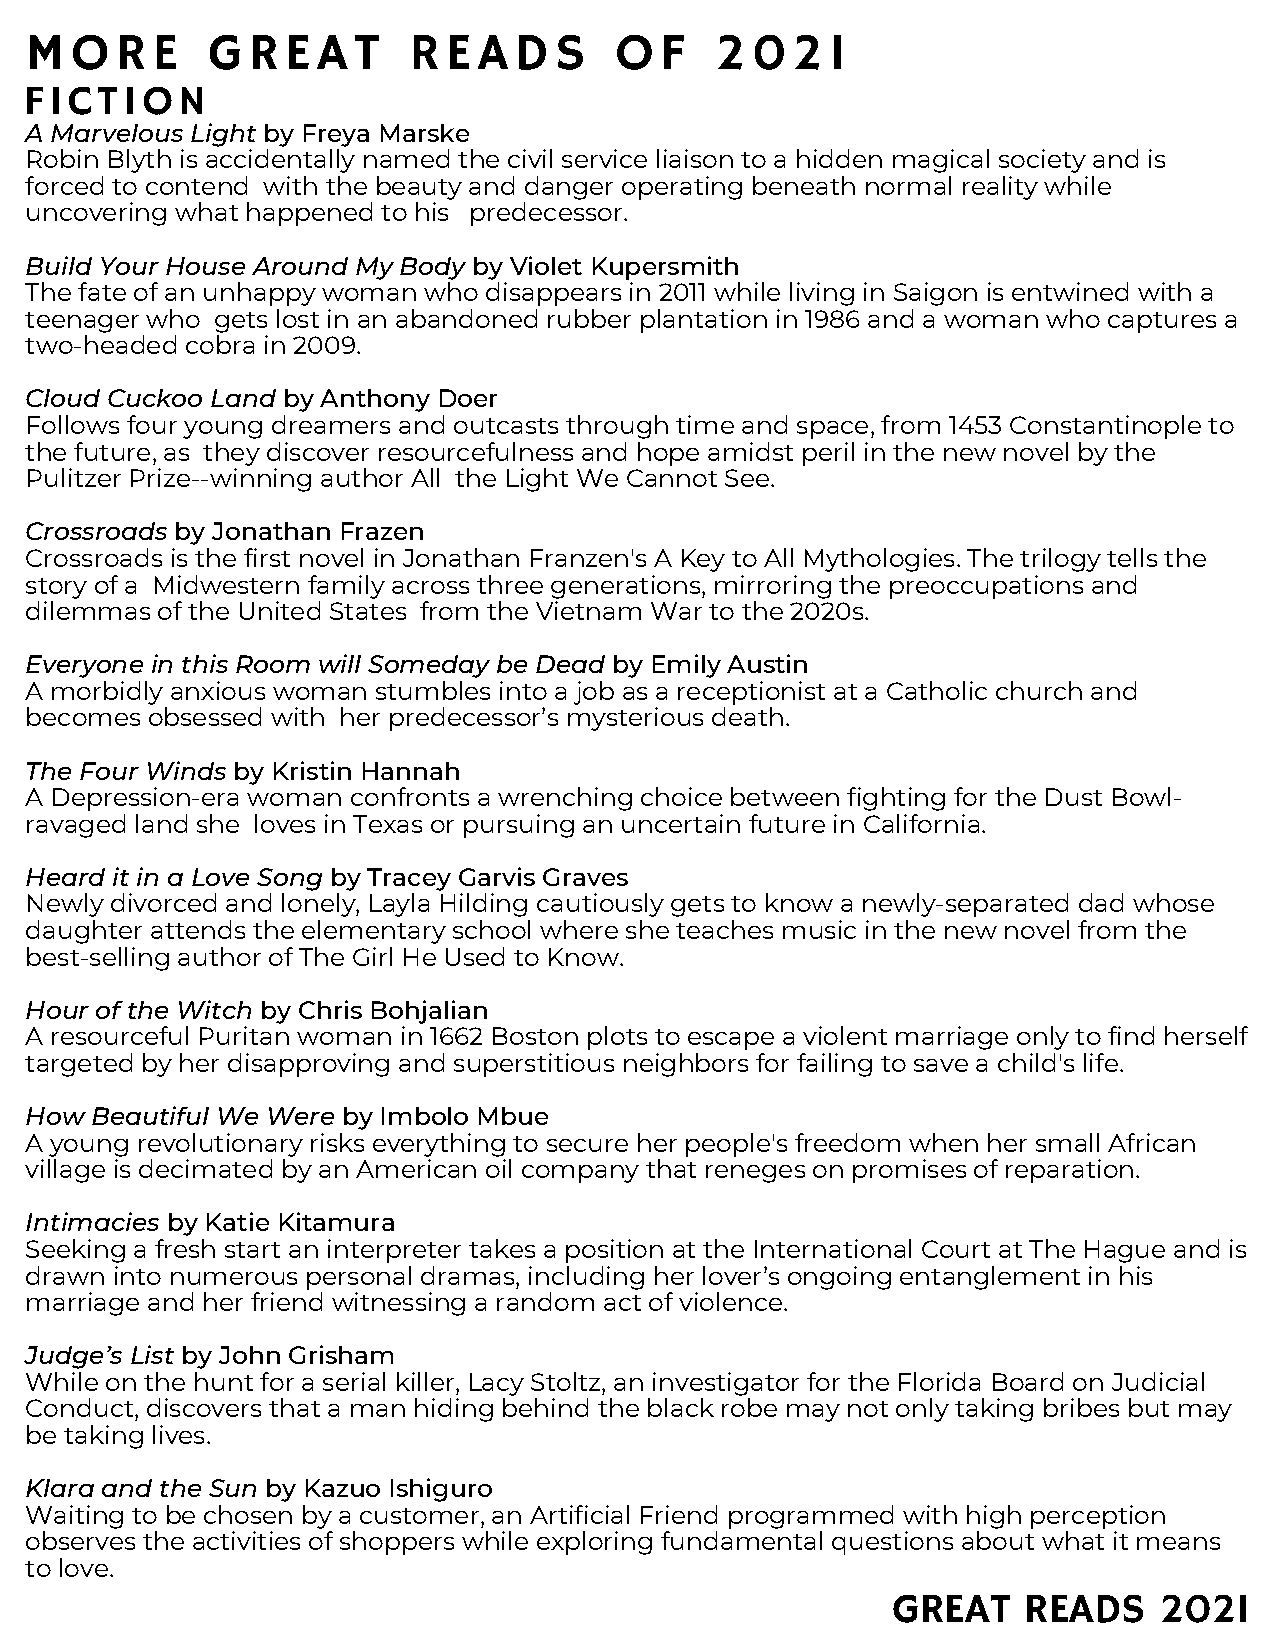
MORE        GREAT        READS         OF    2021
 FICTION
 A Marvelous Light by Freya Marske
 Robin Blyth is accidentally named the civil service liaison to a hidden magical society and is
 forced to contend with the beauty and danger operating beneath normal reality while
 uncovering what happened to his predecessor.
 Build Your House Around My Body by Violet Kupersmith
 The fate of an unhappy woman who disappears in 2011 while living in Saigon is entwined with a
 teenager who gets lost in an abandoned rubber plantation in 1986 and a woman who captures a
 two-headed cobra in 2009.
 Cloud Cuckoo Land by Anthony Doer
 Follows four young dreamers and outcasts through time and space, from 1453 Constantinople to
 the future, as they discover resourcefulness and hope amidst peril in the new novel by the
 Pulitzer Prize--winning author All the Light We Cannot See.
 Crossroads by Jonathan Frazen
 Crossroads is the first novel in Jonathan Franzen's A Key to All Mythologies. The trilogy tells the
 story of a Midwestern family across three generations, mirroring the preoccupations and
 dilemmas of the United States from the Vietnam War to the 2020s.
 Everyone in this Room will Someday be Dead by Emily Austin
 A morbidly anxious woman stumbles into a job as a receptionist at a Catholic church and
 becomes obsessed with her predecessor’s mysterious death.
 The Four Winds by Kristin Hannah
 A Depression-era woman confronts a wrenching choice between fighting for the Dust Bowl-
 ravaged land she loves in Texas or pursuing an uncertain future in California.
 Heard it in a Love Song by Tracey Garvis Graves
 Newly divorced and lonely, Layla Hilding cautiously gets to know a newly-separated dad whose
 daughter attends the elementary school where she teaches music in the new novel from the
 best-selling author of The Girl He Used to Know.
 Hour of the Witch by Chris Bohjalian
 A resourceful Puritan woman in 1662 Boston plots to escape a violent marriage only to find herself
 targeted by her disapproving and superstitious neighbors for failing to save a child's life.
 How Beautiful We Were by Imbolo Mbue
 A young revolutionary risks everything to secure her people's freedom when her small African
 village is decimated by an American oil company that reneges on promises of reparation.
 Intimacies by Katie Kitamura
 Seeking a fresh start an interpreter takes a position at the International Court at The Hague and is
 drawn into numerous personal dramas, including her lover’s ongoing entanglement in his
 marriage and her friend witnessing a random act of violence.
 Judge’s List by John Grisham
 While on the hunt for a serial killer, Lacy Stoltz, an investigator for the Florida Board on Judicial
 Conduct, discovers that a man hiding behind the black robe may not only taking bribes but may
 be taking lives.
 Klara and the Sun by Kazuo Ishiguro
 Waiting to be chosen by a customer, an Artificial Friend programmed with high perception
 observes the activities of shoppers while exploring fundamental questions about what it means
 to love.
 GREAT    READS    2021